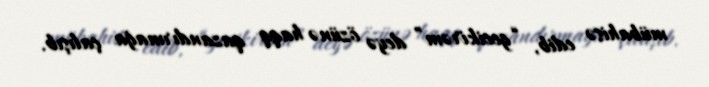
mübahisə edib, “gecikirəm” deyə özünə haqq qazandırmağa çalışıb.